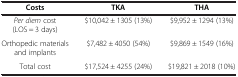
| Costs | TKA | THA |
 | --- | --- | --- |
 | Per diem cost (LOS = 3 days) | $10,042 ± 1305 (13%) | $9,952 ± 1294 (13%) |
 | Orthopedic materials and implants | $7,482 ± 4050 (54%) | $9,869 ± 1549 (16%) |
 | Total cost | $17,524 ± 4255 (24%) | $19,821 ± 2018 (10%) |